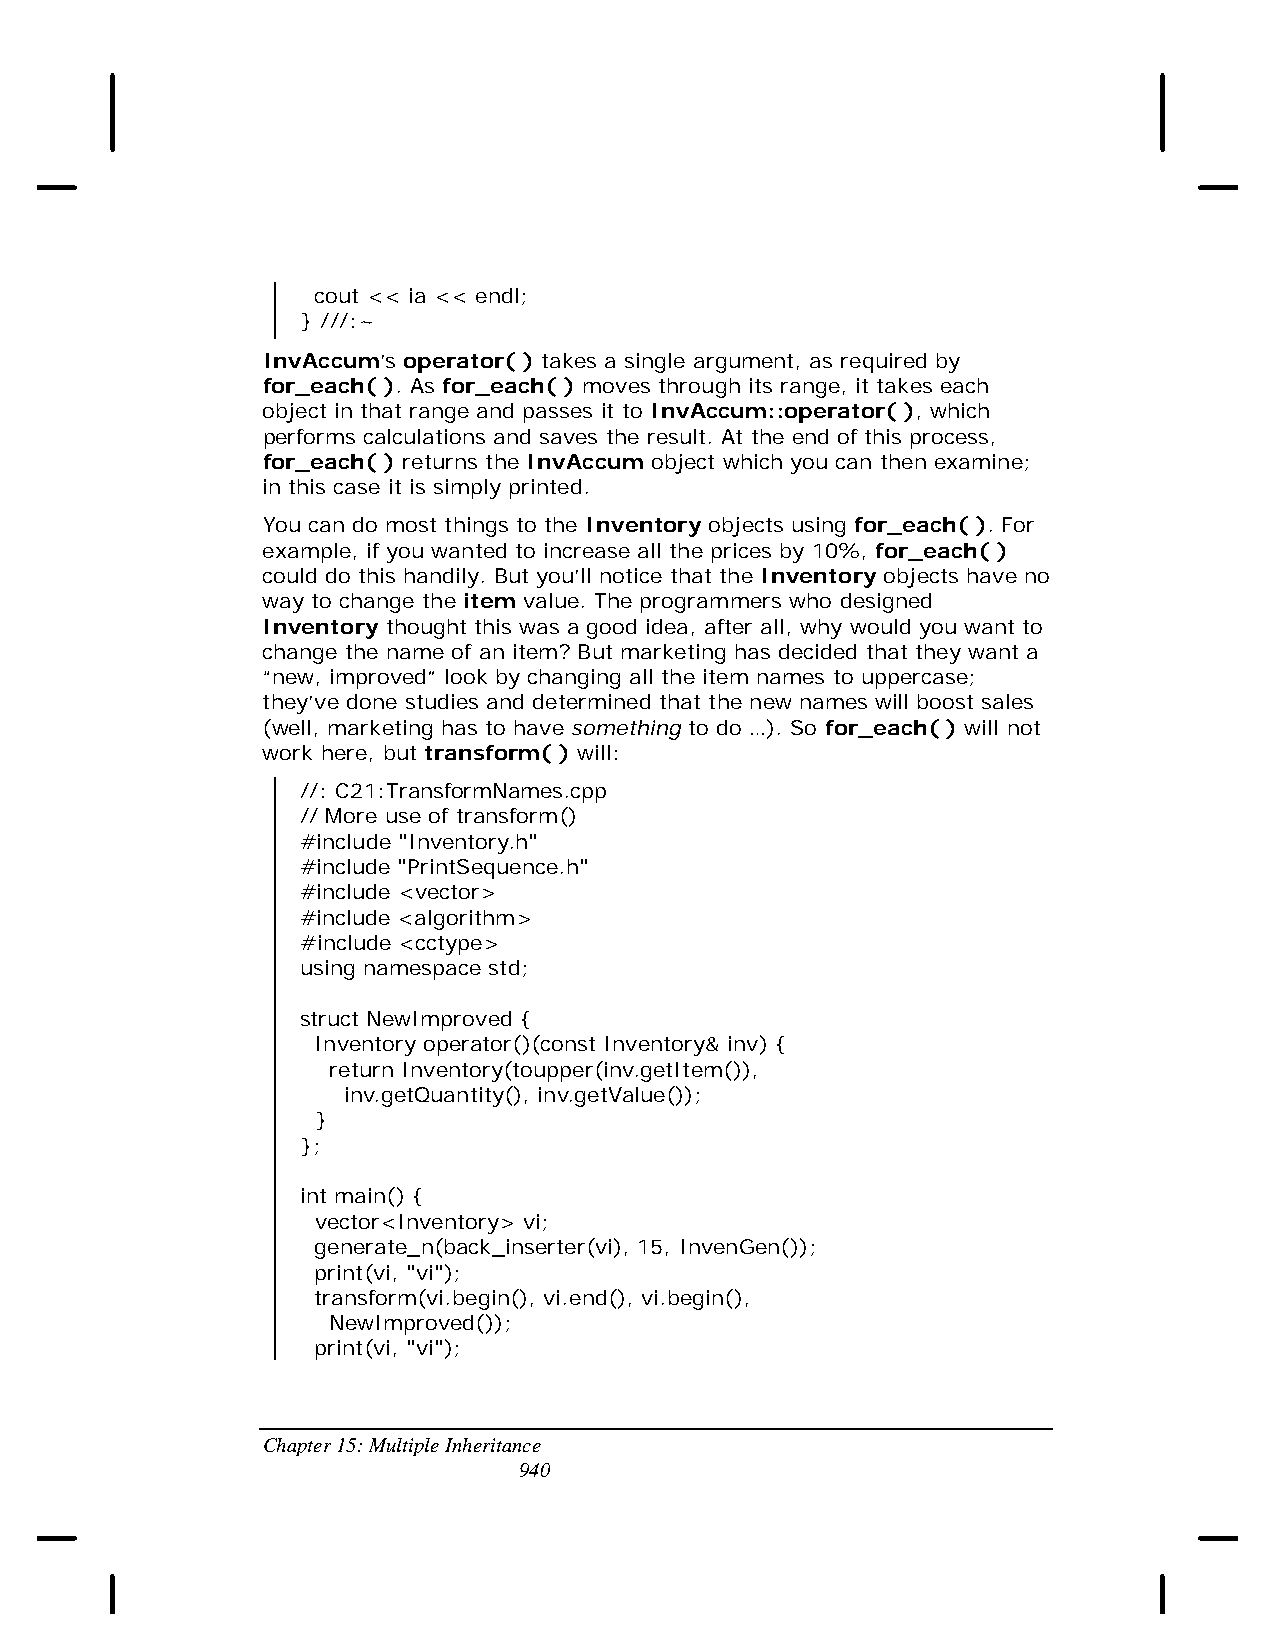
cout << ia << endl;
 } ///:~
 InvAccum’s operator( ) takes a single argument, as required by
 for_each( ). As for_each( ) moves through its range, it takes each
 object in that range and passes it to InvAccum::operator( ), which
 performs calculations and saves the result. At the end of this process,
 for_each( ) returns the InvAccum object which you can then examine;
 in this case it is simply printed.
 You can do most things to the Inventory objects using for_each( ). For
 example, if you wanted to increase all the prices by 10%, for_each( )
 could do this handily. But you’ll notice that the Inventory objects have no
 way to change the item value. The programmers who designed
 Inventory thought this was a good idea, after all, why would you want to
 change the name of an item? But marketing has decided that they want a
 “new, improved” look by changing all the item names to uppercase;
 they’ve done studies and determined that the new names will boost sales
 (well, marketing has to have something to do …). So for_each( ) will not
 work here, but transform( ) will:
 //: C21:TransformNames.cpp
 // More use of transform()
 #include "Inventory.h"
 #include "PrintSequence.h"
 #include <vector>
 #include <algorithm>
 #include <cctype>
 using namespace std;
 struct NewImproved {
 Inventory operator()(const Inventory& inv) {
 return Inventory(toupper(inv.getItem()),
 inv.getQuantity(), inv.getValue());
 }
 };
 int main() {
 vector<Inventory> vi;
 generate_n(back_inserter(vi), 15, InvenGen());
 print(vi, "vi");
 transform(vi.begin(), vi.end(), vi.begin(),
 NewImproved());
 print(vi, "vi");
 Chapter 15: Multiple Inheritance
 940